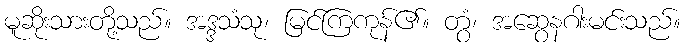
မူဆိုးသားတို့သည်။ အဒ္ဒသံသု၊ မြင်ကြကုန်၏။ တွံ၊ အဆွေနဂါးမင်းသည်။